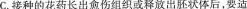
C.接种的花药长出愈伤组织或释放出胚状体后，要适